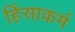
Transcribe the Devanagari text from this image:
हिंसाकर्म